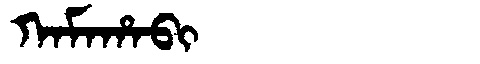
Manchu: ᡴᠠᠮᠠᡥᠠᠪᡳ
Romanization: KAMAHABI